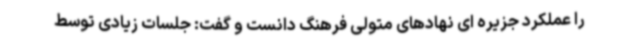
را عملکرد جزیره ای نهادهای متولی فرهنگ دانست و گفت: جلسات زیادی توسط